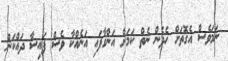
ނަމަވެސް އެގޮތަށް ހެދެން ނެތް ކަމަށް އަންގާފައި އަނެއްކާ ވެސް ފައިސާ ދައްކަން